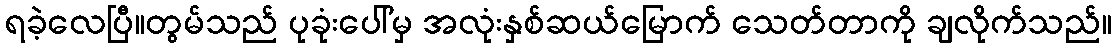
ရခဲ့လေပြီ။တွမ်သည် ပုခုံးပေါ်မှ အလုံးနှစ်ဆယ်မြောက် သေတ်တာကို ချလိုက်သည်။